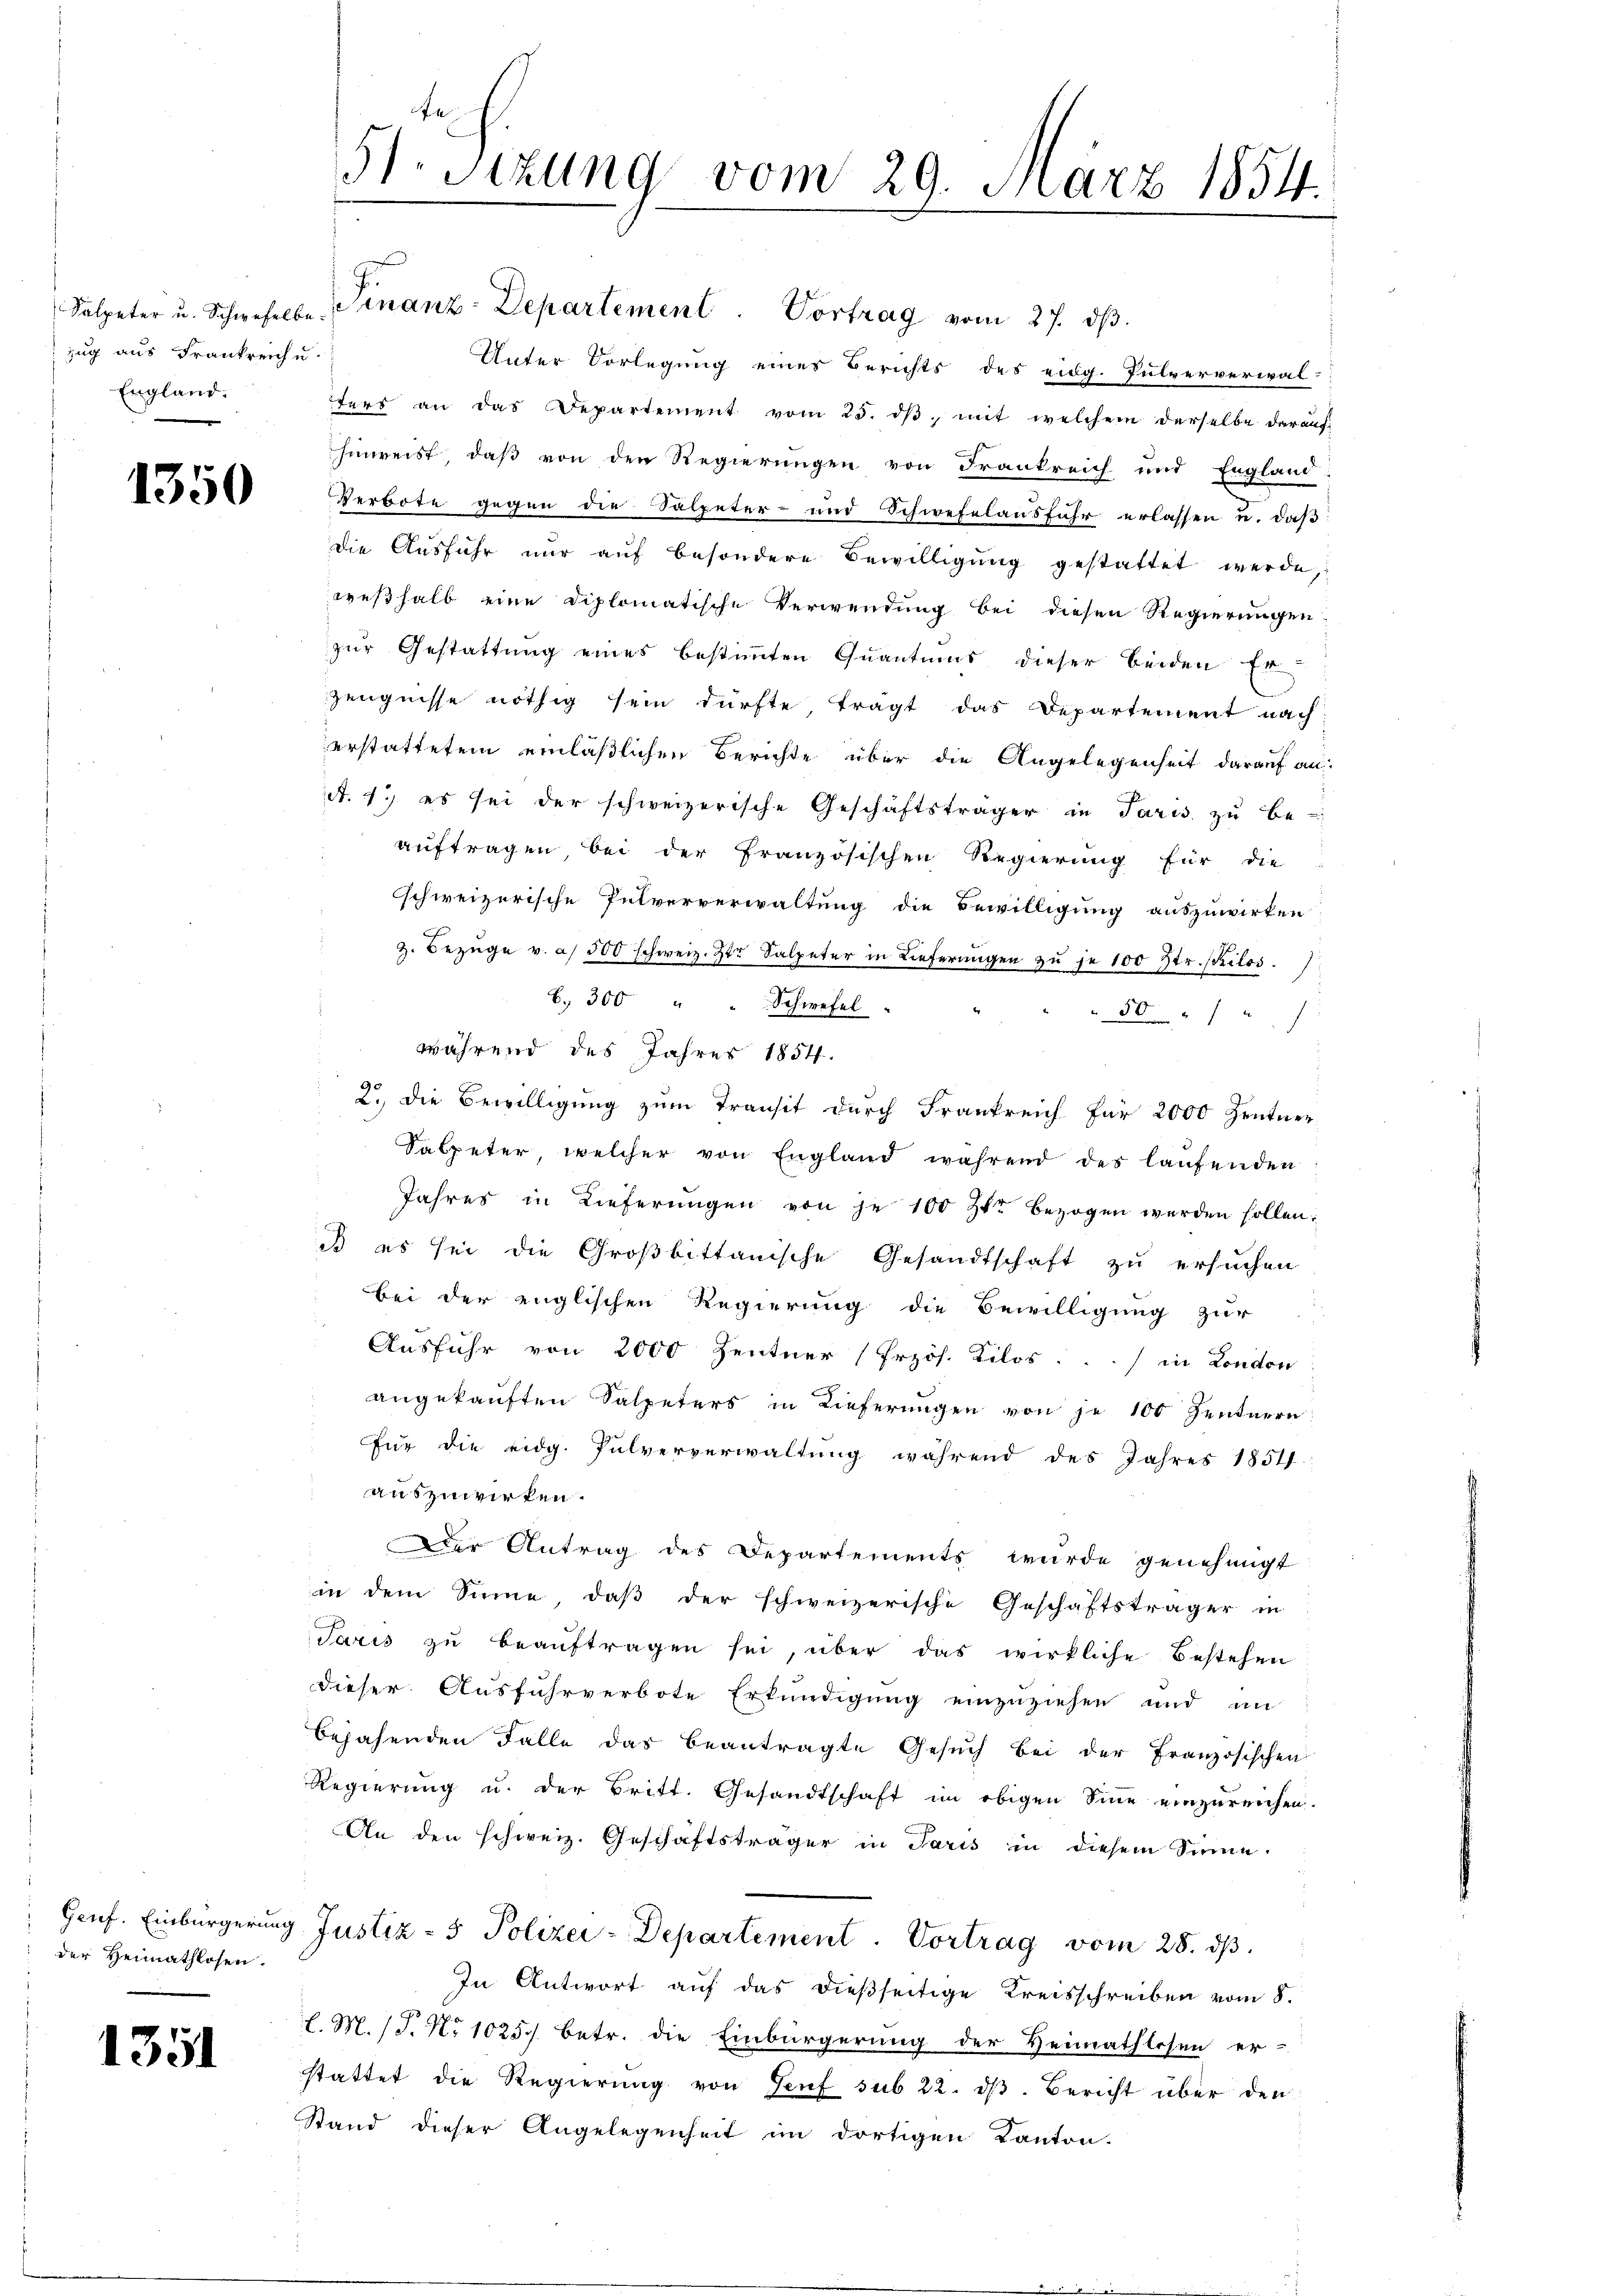
zug aus Frankreichu
England.

1350

der Heimathlosen.

1351

Salpeter u. Schwefelbe. Finanz-Departement. Vortrag vom 27. dβ.
Unter Vorlegung eines Berichts des eidg. Pulververwal-
ters an das Departement vom 25. dβ mit welchem derselbe daraŭf
hinweist, daß von den Regierungen von Frankreich und England
Perbote gegen die Salpeter- und Schwefelausfuhr erlassen u. daß
die Ausführ nŭr aŭf besondere Bewilligŭng gestattet werde,
weßhalb eine diplomatische Verwendung bei diesen Regierungen
zur Gestattung eines bestimmten Quantums dieser beiden Er
Zeugnisse nöthig sein dürfte, trägt das Departement nach
erstattetem einläßlichen Berichte über die Angelegenheit darauf an:
A. 1. es sei der schweizerische Geschäftsträger in Paris zu be-
auftragen bei der Französischen Regierung für die
schweizerische Pulververwaltung die Bewilligung auszuwirken
Z. Bezüge v. a. 500 schweiz. Ztr Salpeter in Lieferungen zu je 100 Str. Kilos.
b. 300 " " Schwefel
50
d
während des Jahres 1854.
2. die Bewilligung zum Transit durch Frankreich für 2000 Zentner
Salpeter, welcher von England während des laufenden
Jahres in Lieferŭngen von je 100 zur bezogen werden sollen;
ist es sei die Großbittanische Gesandtschaft zu ersuchen
bei der englischen Regierung die Bewilligung zur
Ausführ von 2000 Zentner (Przös. Kilos. ./ in London
angekauften Salpeters in Lieferungen von je 100 Zentnern
für die eidg. Pulververwaltung während des Jahres 18511.
auszuwirken.
Der Antrag des Departements würde genehmigt
in dem Sinne, daß der schweizerische Geschäftsträger in
Paris zu beauftragen sei, über das wirkliche Bestehen
dieser Ausfuhrverbote Erkundigung einzuziehen und im
bejahenden Falle das beantragte Gesŭch bei der Französischen
Regierung u. der Britt. Gesandtschaft im obigen Sinne einzureichen.
An den schweiz. Geschäftsträger in Paris in diesem Sinne.
Genf. Einbürgerung Justiz- & Polizei-Departement. Vortrag vom 28. ds.
In Antwort auf das dießseitige Kreisschreiben vom 8.
l. M. (T. No 1025 betr. die Einbürgerung der Heimathlosen er-
stattet die Regierung von Senf sub 22. dβ. Bericht über den
Stand dieser Angelegenheit im dortigen Kanton-

51. Sizung vom 29. März 1854.